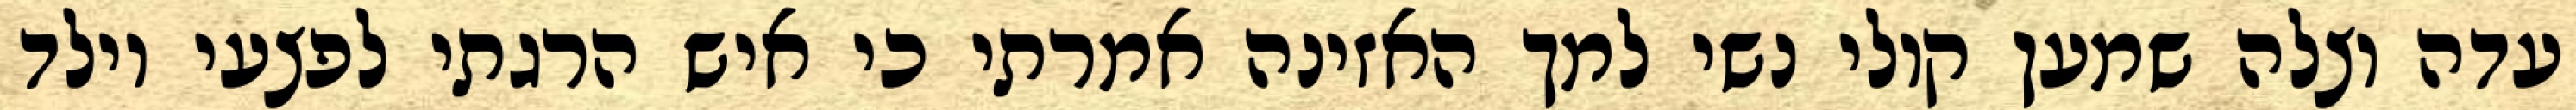
עדה וצלה שמען קולי נשי למך האזינה אמרתי כי איש הרגתי לפצעי וילד